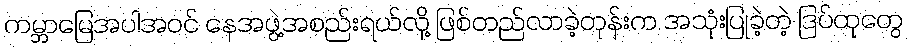
ကမ္ဘာမြေအပါအဝင် နေအဖွဲ့အစည်းရယ်လို့ ဖြစ်တည်လာခဲ့တုန်းက အသုံးပြုခဲ့တဲ့ ဒြပ်ထုတွေ